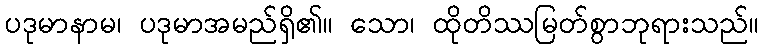
ပဒုမာနာမ၊ ပဒုမာအမည်ရှိ၏။ သော၊ ထိုတိဿမြတ်စွာဘုရားသည်။